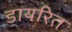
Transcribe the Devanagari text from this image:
डायरित